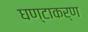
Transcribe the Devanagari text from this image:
घण्टाकर्ण